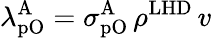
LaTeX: \lambda_{\mathrm{pO}}^{\mathrm{A}}=\sigma_{\mathrm{pO}}^{\mathrm{A}}\, \rho^{\mathrm{LHD}}\, v